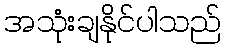
အသုံးချနိုင်ပါသည်